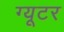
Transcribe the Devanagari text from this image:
ग्यूटर